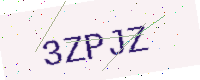
Text: 3ZPJZ